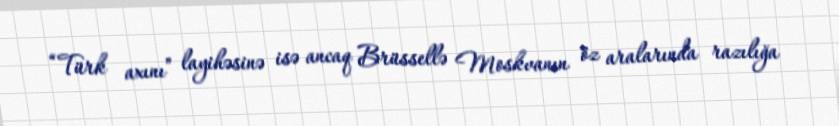
“Türk axını” layihəsinə isə ancaq Brüssellə Moskvanın öz aralarında razılığa